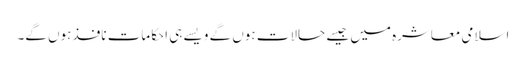
اسلامی معاشرہ میں جیسے حالات ہوں گے ویسے ہی احکامات نافذ ہوں گے۔